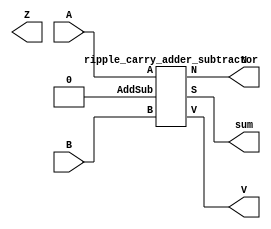

//ADD OP 
module addv(A, B, N, V, Z , sum);
input [15:0] A;
input [15:0] B;
output N;
output V;
output Z;
output [15:0] sum;
assign Op = 1'b0;
wire [15:0] Rs;
wire [15:0] Rt;
assign Rs = A;
assign Rt = B;
ripple_carry_adder_subtractor ra(sum, N, V, Rs, Rt, Op);



  always @*
 begin
  $display( "Rs = %16b. rt = %b,  rD = %b", Rs, Rt,sum);
end



endmodule




//SUB OP 
module sub(A, B, N, V, Z , sum);
input [15:0] A;
input [15:0] B;
output N;
output V;
output Z;
output [15:0] sum;
assign Op = 1'b1;
wire [15:0] Rs;
wire [15:0] Rt;
assign Rs = A;
assign Rt = B;
ripple_carry_adder_subtractor ra(sum, N, V, Rs, Rt, Op);



  always @*
 begin
  $display( " SUB : Rs = %16b. rt = %b,  rD = %b. \n", Rs, Rt,sum);
end



endmodule






//ADDER SUBTRACTOR

module ripple_carry_adder_subtractor(S, N, V, A, B, AddSub);
   output [15:0] S;   // The 16-bit sum/difference.
   output   N;
   output   V;   // The 1-bit overflow status.
   input [15:0]  A;   // The 16-bit augend/minuend.
   input [15:0]  B;   // The 16-bit addend/subtrahend.
   input  AddSub;  // The operation: 0 => Add, 1=>Subtract.
   
   wire   C0; // The carry out bit of fa0, the carry in bit of fa1.
   wire   C1; 
   wire   C2; 
   wire   C3; // The carry out bit of fa2, used to generate final carry/borrrow.
   wire   C4;
   wire   C5;
   wire   C6;
   wire   C7;
   wire   C8;
   wire   C9;
   wire   C10;
   wire   C11;
   wire   C12;
   wire   C13;
   wire   C14;
   wire   C15;
   wire   Cout;
   wire   B0; // will be the xor'd result of B[0] and AddSub
   wire   B1;
   wire   B2;
   wire   B3;
   wire   B4;
   wire   B5;
   wire   B6;
   wire   B7;
   wire   B8;
   wire   B9;
   wire   B10;
   wire   B11;
   wire   B12;
   wire   B13;
   wire   B14;
   wire   B15;


  

  assign B0 = B[0] ^ AddSub;     
  assign B1 = B[1] ^ AddSub;     
  assign B2 = B[2] ^ AddSub;     
  assign B3 = B[3] ^ AddSub;
  assign B4 = B[4] ^ AddSub;
  assign B5 = B[5] ^ AddSub;
  assign B6 = B[6] ^ AddSub;
  assign B7 = B[7] ^ AddSub;     
  assign B8 = B[8] ^ AddSub;
  assign B9 = B[9] ^ AddSub;
  assign B10 = B[10] ^ AddSub;
  assign B11 = B[11] ^ AddSub;
  assign B12 = B[12] ^ AddSub;
  assign B13 = B[13] ^ AddSub;
  assign B14 = B[14] ^ AddSub;
  assign B15 = B[15] ^ AddSub;
  
   
   
   full_adder fa0(S[0], C0, A[0], B0, AddSub);    // Least significant bit.
   full_adder fa1(S[1], C1, A[1], B1, C0);
   full_adder fa2(S[2], C2, A[2], B2, C1);
   full_adder fa3(S[3], C3, A[3], B3, C2);
   full_adder fa4(S[4], C4, A[4], B4, C3); 
   full_adder fa5(S[5], C5, A[5], B5, C4); 
   full_adder fa6(S[6], C6, A[6], B6, C5); 
   full_adder fa7(S[7], C7, A[7], B7, C6); 
   full_adder fa8(S[8], C8, A[8], B8, C7); 
   full_adder fa9(S[9], C9, A[9], B9, C8); 
   full_adder fa10(S[10], C10, A[10], B10, C9); 
   full_adder fa11(S[11], C11, A[11], B11, C10); 
   full_adder fa12(S[12], C12, A[12], B12, C11);    
   full_adder fa13(S[13], C13, A[13], B13, C12); 
   full_adder fa14(S[14], C14, A[14], B14, C13); 
   full_adder fa15(S[15], C15, A[15], B15, C14);// Most significant bit.


 assign  Cout = C15 ^ AddSub; // Carry = C15 for addition, Carry = not(C) for subtraction.
 assign  V = C15^C14; // If the two most significant carry output bits differ, then we have an overflow.
 assign  N = S[15];

  //always @*
 //  $display("time = %2d    c0: %b  c1: %b    c2: %b    c3: %b",$time, C0,C1,C2,C3) ;

endmodule // ripple_carry_adder_subtractor


module full_adder(S, Cout, A, B, Cin);
   output S;
   output Cout;
   input  A;
   input  B;
   input  Cin;

  wire   WIRE_1;
  wire   WIRE_2;
  wire   WIRE_3;
       
  assign WIRE_1 = B ^ A;
  assign WIRE_2 = WIRE_1 & Cin;
  assign WIRE_3 = B & A;
 
  assign S   = WIRE_1 ^ Cin;
  assign Cout = WIRE_2 | WIRE_3;
  

endmodule // full_adder